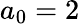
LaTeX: a_{0}=2